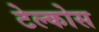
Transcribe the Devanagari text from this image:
टेल्कोस